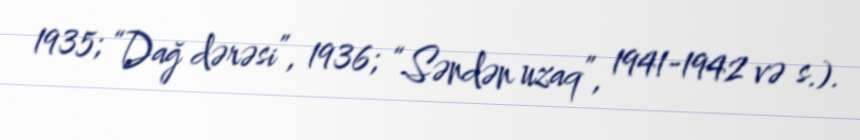
1935; “Dağ dərəsi”, 1936; “Səndən uzaq”, 1941-1942 və s.).